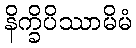
နိက္ခိပိဿာမိမံ